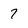
Character: 7